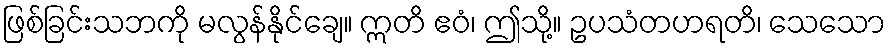
ဖြစ်ခြင်းသဘကို မလွန်နိုင်ချေ။ ဣတိ ဧဝံ၊ ဤသို့။ ဥပသံတဟရတိ၊ သေသော